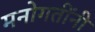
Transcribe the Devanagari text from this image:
मनोगतींनी